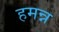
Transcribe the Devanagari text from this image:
हमन्न